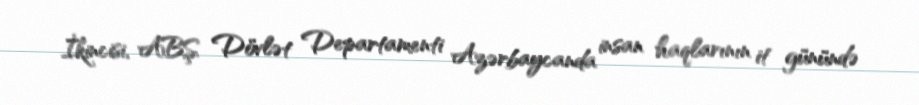
İkincisi, ABŞ Dövlət Departamenti Azərbaycanda insan haqlarının it günündə